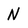
Character: N